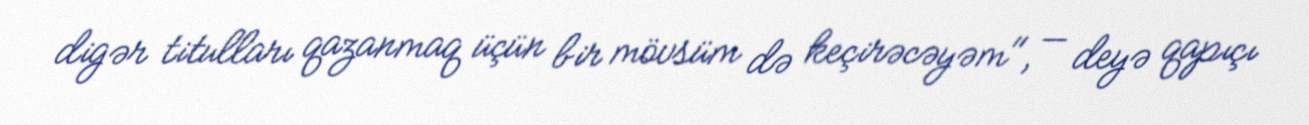
digər titulları qazanmaq üçün bir mövsüm də keçirəcəyəm", — deyə qapıçı